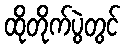
ထိုတိုက်ပွဲတွင်